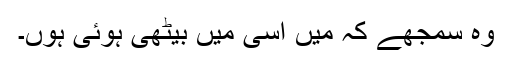
وہ سمجھے کہ مَیں اسی میں بیٹھی ہوئی ہوں۔